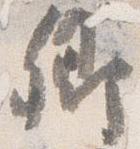
卿